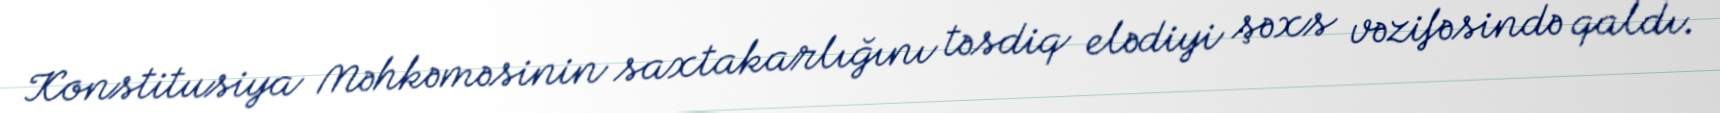
Konstitusiya Məhkəməsinin saxtakarlığını təsdiq elədiyi şəxs vəzifəsində qaldı.